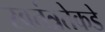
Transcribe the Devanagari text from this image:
स्वतंत्रतेकडे